Leningradi_Edasi_toimetus, lk 5
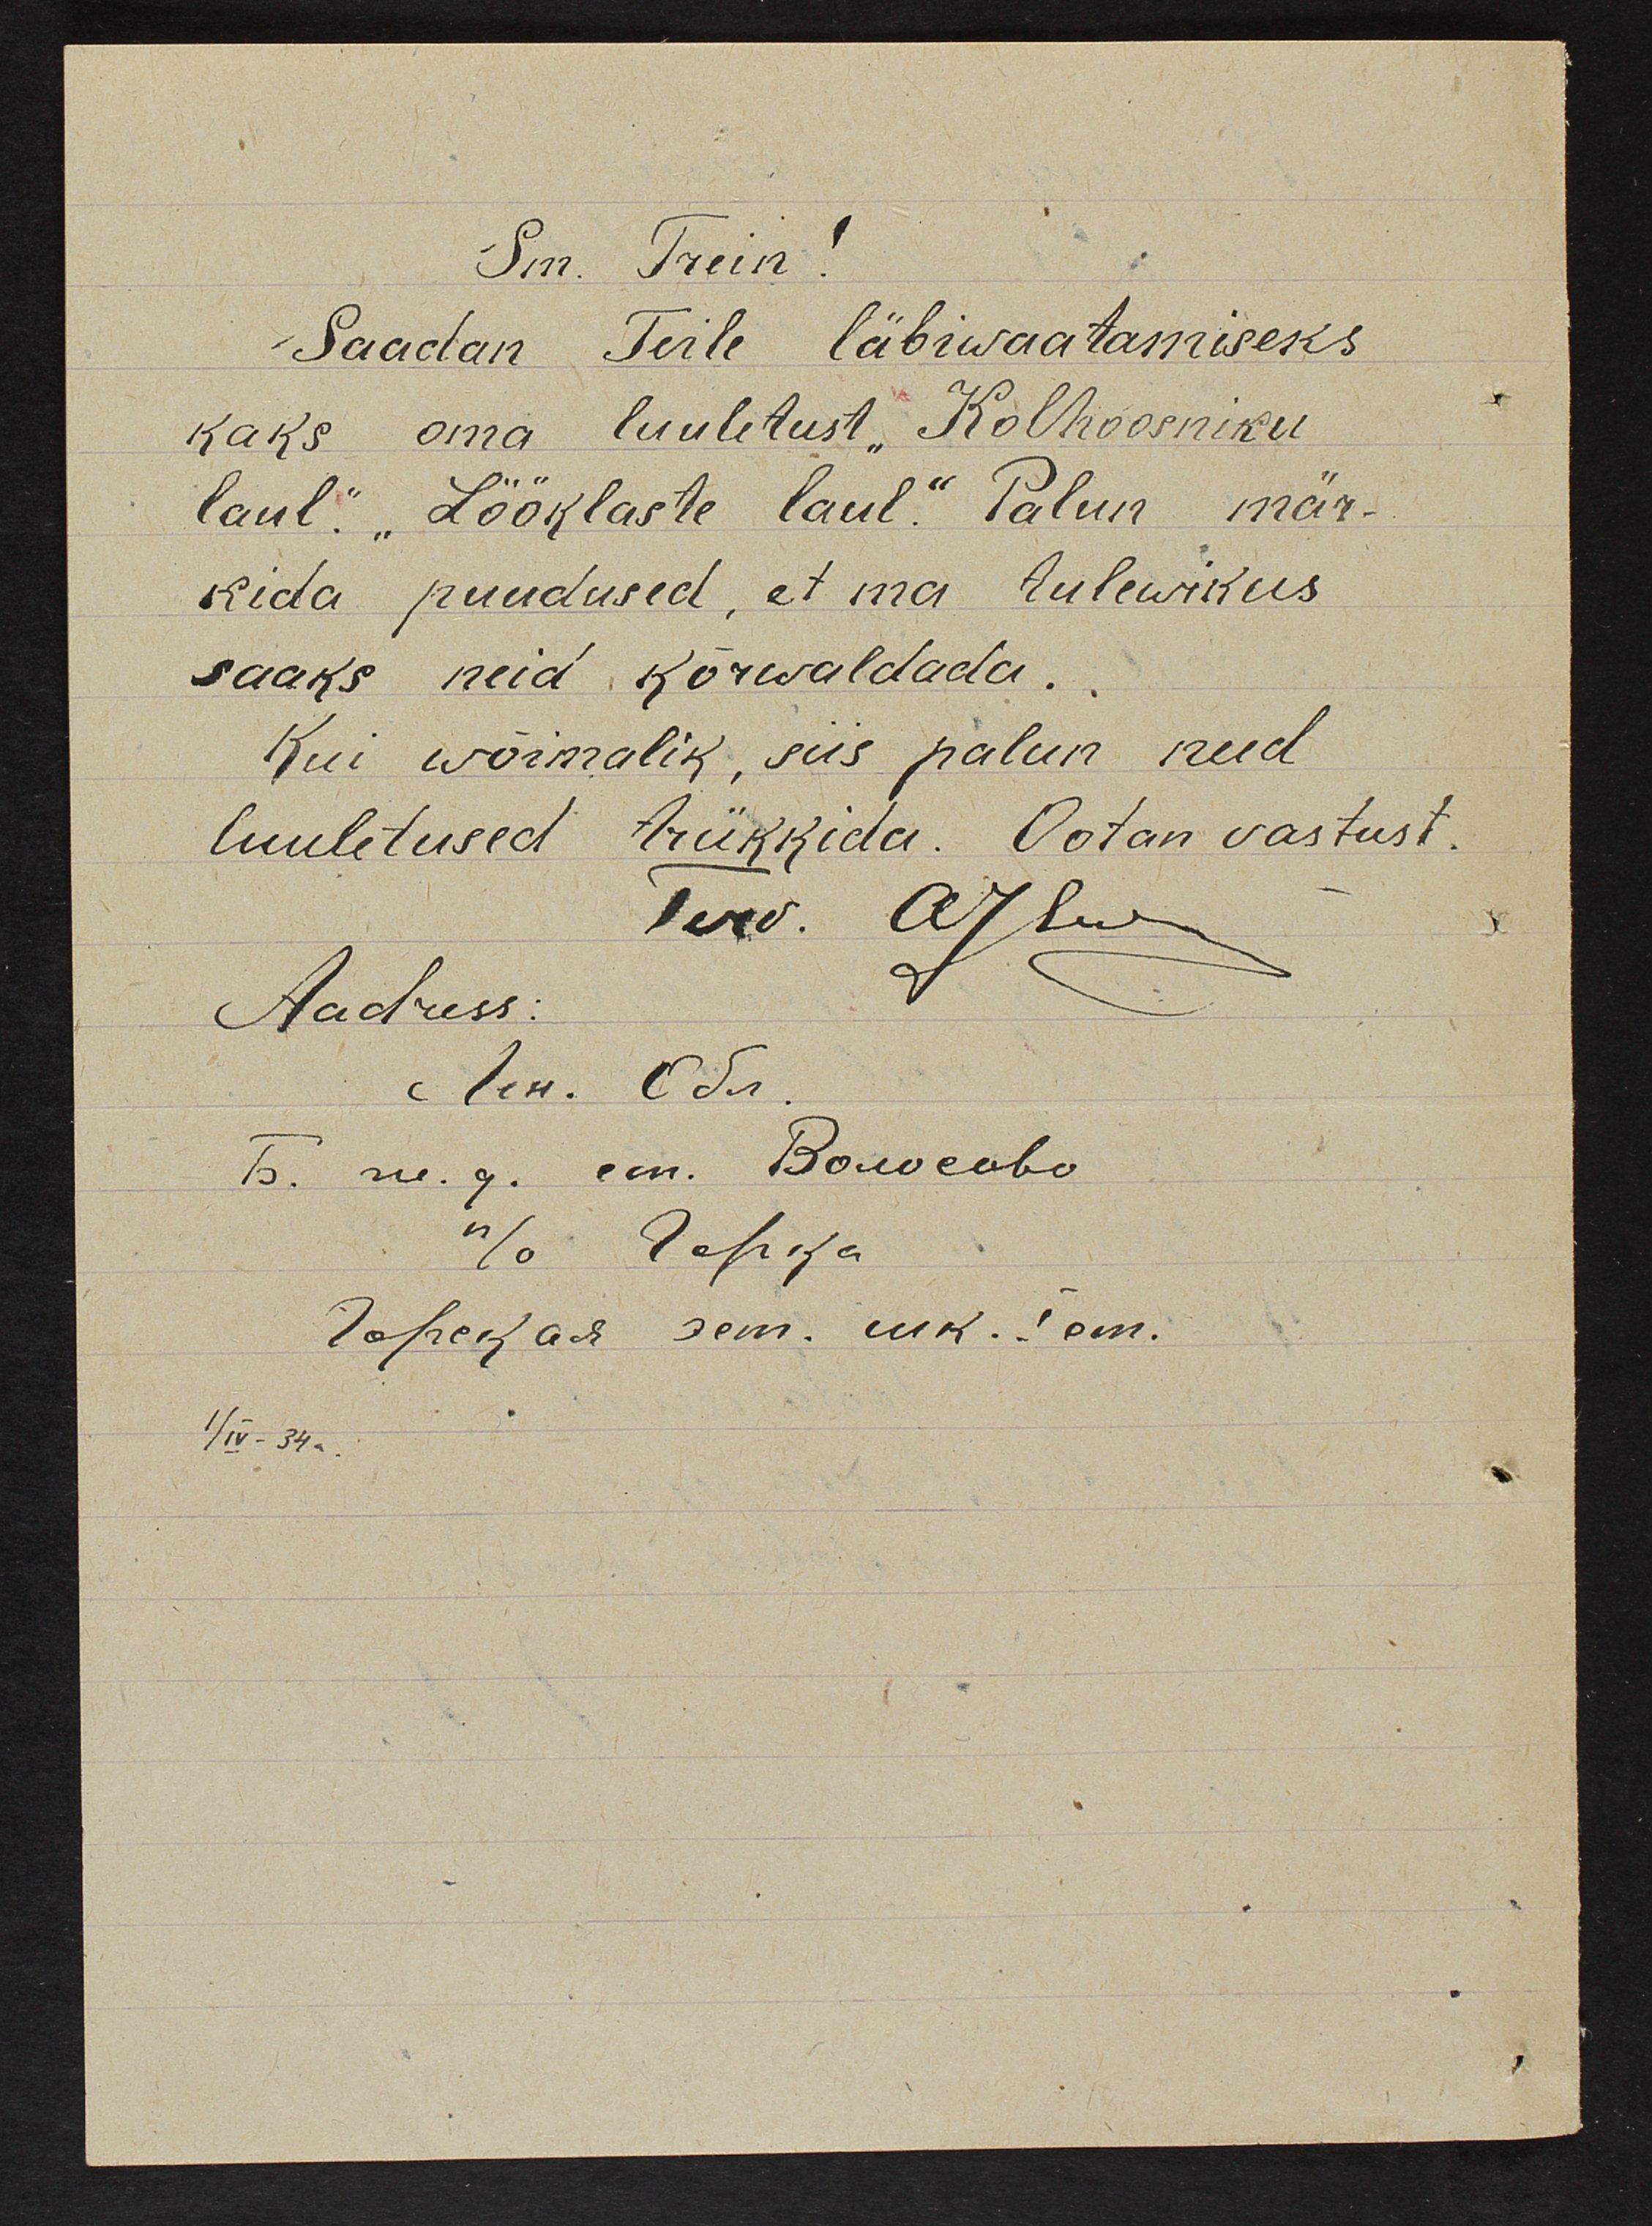
Sm. Trein!
Saadan Teile läbiwaatamiseks
kaks oma luuletust "Kolhoosniku 
laul" "Lööklaste laul". Palun mär-
kida puudused, et ma tulewikus
saaks neid kõrwaldada.
Kui wõimalik, siis palun need
luuletused trükkida. Ootan vastust.
Terv.  AJLust
Aadress:
Лен. Обл.
Б.ш.у. ст. Болосово
н/о Горка
Горская эст. шк. I рт
I/IV - 34a.